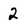
Character: 2